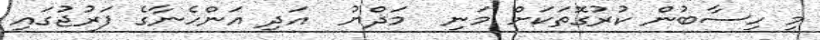
މި ހިސާބުން ކުރުގޮތަކަށް މަނި  މަޛްޔު  އަދި އަންހެނާގެ ފަރުޖުގައި